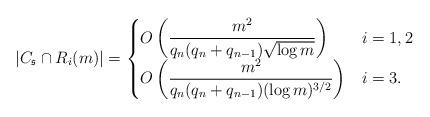
LaTeX: \begin{align*}|C_\frak{s} \cap R_i(m) | = \begin{cases} O\left( \dfrac{m^2}{q_n(q_n+q_{n-1})\sqrt{\log m}} \right) & i =1,2\\O\left( \dfrac{m^2}{q_n(q_n+q_{n-1})(\log m)^{3/2}} \right) & i=3.\end{cases}\end{align*}